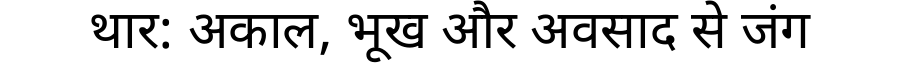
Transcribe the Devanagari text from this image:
थार: अकाल, भूख और अवसाद से जंग